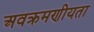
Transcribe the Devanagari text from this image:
अवक्रमणीयता